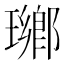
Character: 𤩬